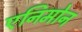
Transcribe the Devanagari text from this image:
एनिमोन